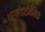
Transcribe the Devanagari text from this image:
थर्मोडाईनेमिक